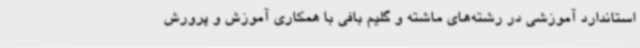
استاندارد آموزشی در رشته‌های ماشته و گلیم بافی با همکاری آموزش و پرورش